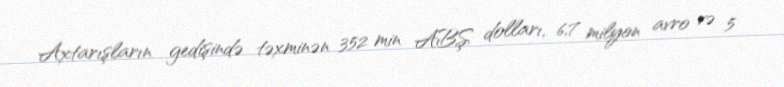
Axtarışların gedişində təxminən 352 min ABŞ dolları, 6,7 milyon avro və 5